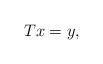
LaTeX: \begin{align*}Tx=y,\end{align*}